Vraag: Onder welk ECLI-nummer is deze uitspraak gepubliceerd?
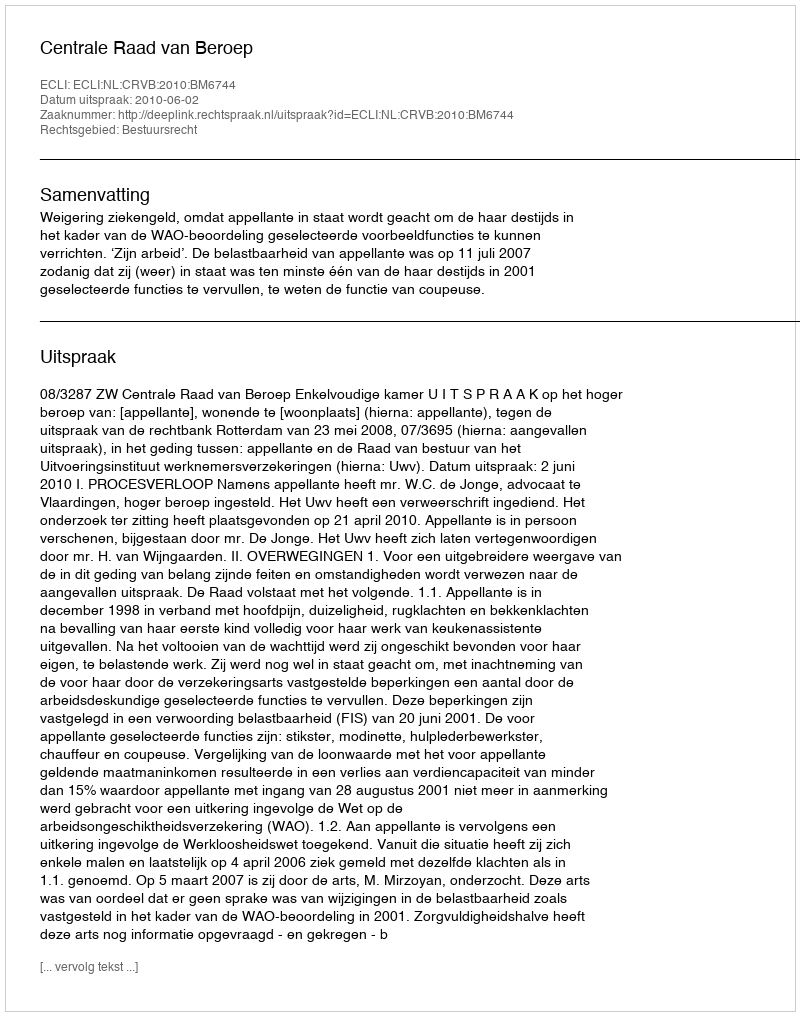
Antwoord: ECLI:NL:CRVB:2010:BM6744